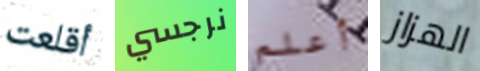
أقلعت نرجسي أعلم الهزاز